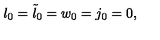
l _ { 0 } = { \tilde { l } } _ { 0 } = w _ { 0 } = j _ { 0 } = 0 ,